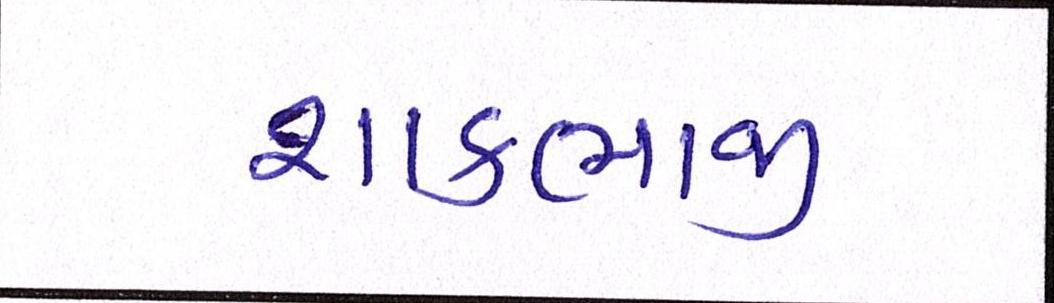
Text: શાકભાજી